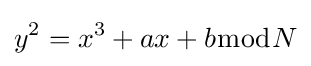
y^{2}=x^{3}+ax+b{\bmod {N}}